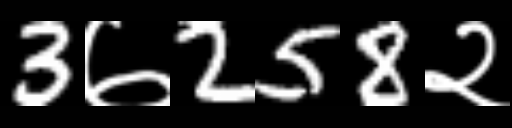
Text: 3७258२